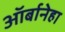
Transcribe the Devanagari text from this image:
ऑर्बानेहा